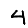
Digit: 4